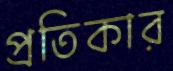
প্রতিকার